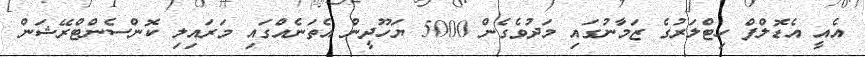
އެއީ އެޑޮލްފް ހިޓްލަރުގެ ޒަމާނުގައި މަދުވެގެން 5000 ޔަހޫދީން އެތަނެއްގައި މަރައިލި ކޮންސެންޓްރޭޝަން